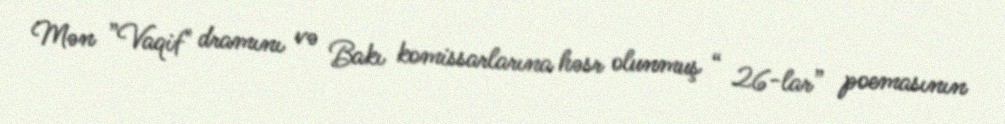
Mən ”Vaqif" dramını və Bakı komissarlarına həsr olunmuş “ 26-lar” poemasının